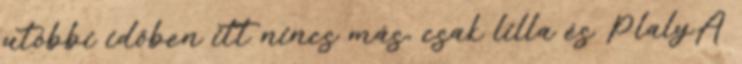
utóbbi időben itt nincs más, csak lilla és PlalyA